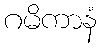
ဂမိကာနံ